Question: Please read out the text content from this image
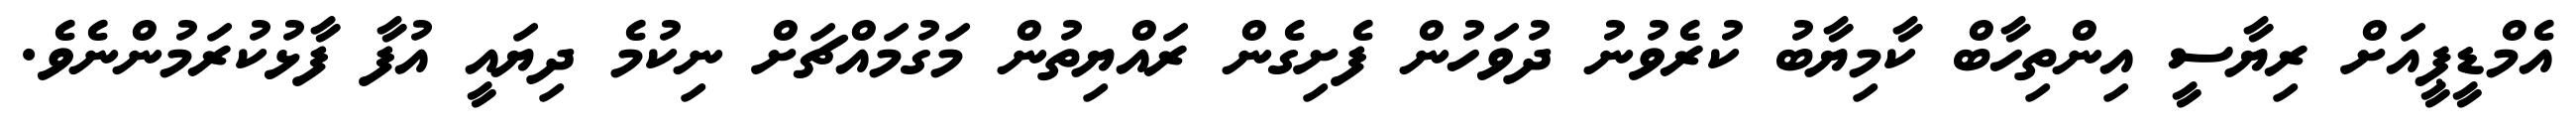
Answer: އެމްޑީޕީއަށް ރިޔާސީ އިންތިހާބް ކާމިޔާބު ކުރެވުނު ދުވަހުން ފެށިގެން ރައްޔިތުން މަގުމައްޗަށް ނިކުމެ ދިޔައީ އުފާ ފާޅުކުރަމުންނެވެ.